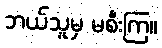
ဘယ်သူမှ မစီးကြ။